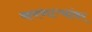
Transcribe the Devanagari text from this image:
करणाऱ्यांवर